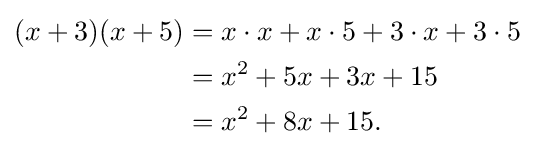
{\begin{aligned}(x+3)(x+5)&=x\cdot x+x\cdot 5+3\cdot x+3\cdot 5\\&=x^{2}+5x+3x+15\\&=x^{2}+8x+15.\end{aligned}}